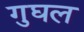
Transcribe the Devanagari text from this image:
गुघल